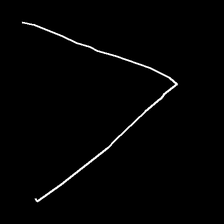
Glyph: region